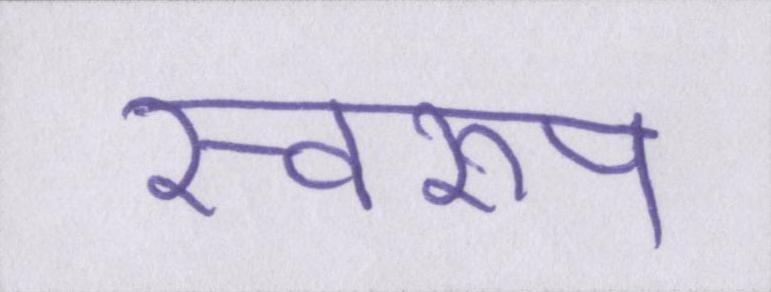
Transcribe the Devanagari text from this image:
स्वरूप